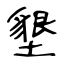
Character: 墾